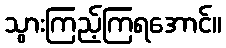
သွားကြည့်ကြရအောင်။